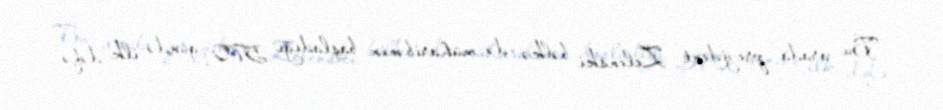
Bu arada prezident Zelenski bəlkə də müharibənin başladığı 570 gündə ilk dəfə